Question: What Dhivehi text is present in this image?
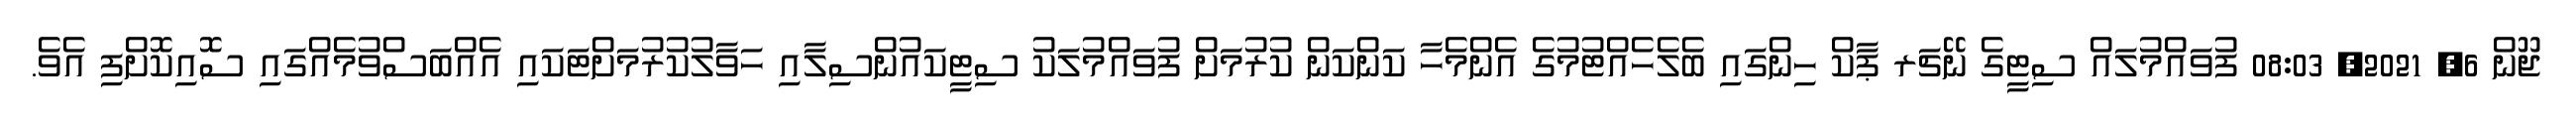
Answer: ޖޫން 6, 2021, 08:03 ފުވައްމުލައް ސިޓީގެ ނޭޗަރ ޕާކް ހިންގައި ބެލެހެއްޓުމުގެ އެންމެހާ ކަންކަން ކުރުމަށް ފުވައްމުލަކު ސިޓީކައުންސިލާއި ހަވާލުކުރުމަށްޓަކައި އެއްބަސްވުމެއްގައި ސޮއިކޮށްފި އެވެ.